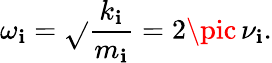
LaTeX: \omega_{\mathbf{i}}=\sqrt{}{{\frac{{k_{\mathbf{i}}}}{{m_{\mathbf{i}}}}}}=2\pic\, \nu_{\mathbf{i}}.